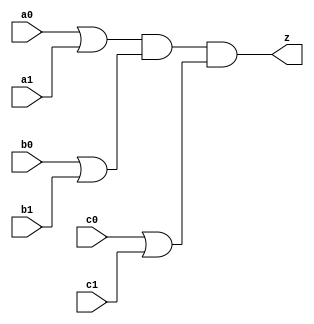
// This program was cloned from: https://github.com/aolofsson/oh
// License: MIT License

//#############################################################################
//# Function: Or-And (oa222) Gate                                             #
//# Copyright: OH Project Authors. ALl rights Reserved.                       #
//# License:  MIT (see LICENSE file in OH repository)                         # 
//#############################################################################

module oh_oa222 #(parameter DW = 1 ) // array width
   (
    input [DW-1:0]  a0,
    input [DW-1:0]  a1,
    input [DW-1:0]  b0,
    input [DW-1:0]  b1,
    input [DW-1:0]  c0,
    input [DW-1:0]  c1,
    output [DW-1:0] z
    );
   
   assign z = (a0 | a1) & (b0 | b1) & (c0 | c1);
   
endmodule